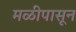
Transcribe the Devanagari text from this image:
मळीपासून